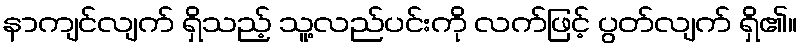
နာကျင်လျက် ရှိသည့် သူ့လည်ပင်းကို လက်ဖြင့် ပွတ်လျက် ရှိ၏။